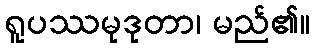
ရူပဿမုဒုတာ၊ မည်၏။